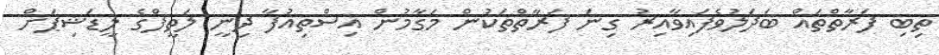
ތިބި ފަރާތްތައް ބަދަލުވެފައިވާއިރު ގިނަ ފަރާތްތަކުން މަގާމުން އިސްތިއުފާ ދިނީ ލަތީފްގެ ލީޑަޝިޕަށް